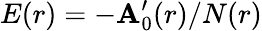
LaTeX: E(r)=-\mathbf{A}_{0}^{\prime}(r)/N(r)